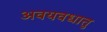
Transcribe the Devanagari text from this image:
अवयवधातु